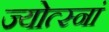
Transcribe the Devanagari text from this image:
ज्योत्स्नां